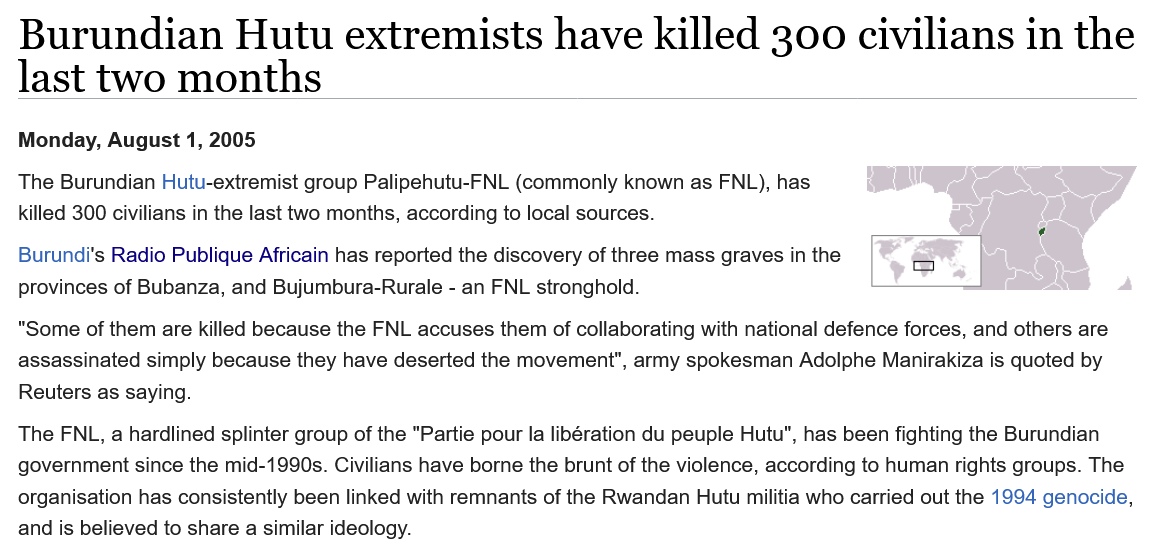
Burundian    Hutu    extremists    have    killed    300 civilians    in  the
  last   two    months
  The FNL, a hardlined splinter group of the "Partie pour la libération du peuple Hutu", has been fighting the Burundian
  government since the mid-1990s. Civilians have borne the brunt of the violence, according to human rights groups. The
  organisation has consistently been linked with remnants of the Rwandan Hutu militia who carried out the 1994 genocide,
  and is believed to share a similar ideology.
  “Some of them are killed because the FNL accuses them of collaborating with national defence forces, and others are
  assassinated simply because they have deserted the movement", army spokesman Adolphe Manirakiza is quoted by
  Reuters as saying.
  Burundi's Radio Publique Africain has reported the discovery of three mass graves in the
  provinces of Bubanza, and Bujumbura-Rurale - an FNL stronghold.
  The Burundian Hutu-extremist group Palipehutu-FNL (commonly known as FNL), has
  killed 300 civilians in the last two months, according to local sources.
  Monday, August 1, 2005